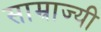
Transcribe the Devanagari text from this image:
साम्राज्यी